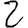
Digit: 2